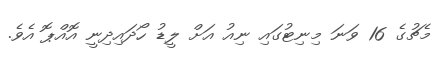
މެޗުގެ 16 ވަނަ މިނިޓުގައި ނިއު އަށް ލީޑު ހޯދައިދިނީ އޮއްޕޮ އެވެ.